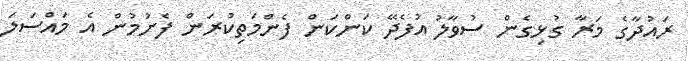
ރައުދާގެ މަރާ ގުޅިގެން ސުވާލު އުފެދޭ ކަންކަން ފެންމަތިކުރަން ފެށުމުން އެ މައްސަލަ